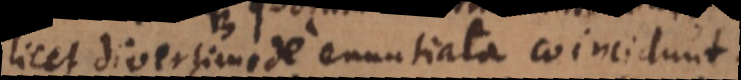
licet diversimode enuntiata coincidunt.